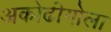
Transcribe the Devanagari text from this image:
अकोढीगोला